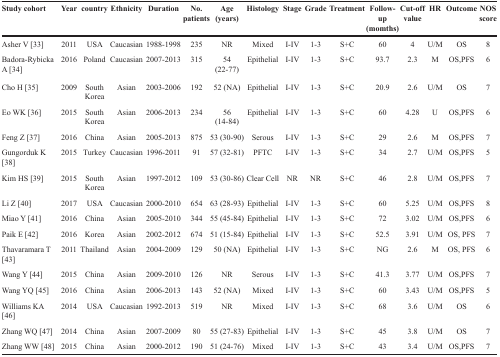
<table><thead><tr><td><b>Study cohort</b></td><td><b>Year</b></td><td><b>country</b></td><td><b>Ethnicity</b></td><td><b>Duration</b></td><td><b>No. patients</b></td><td><b>Age (years)</b></td><td><b>Histology</b></td><td><b>Stage</b></td><td><b>Grade</b></td><td><b>Treatment</b></td><td><b>Follow-up (momths)</b></td><td><b>Cut-off value</b></td><td><b>HR</b></td><td><b>Outcome</b></td><td><b>NOS score</b></td></tr></thead><tbody><tr><td>Asher V [33]</td><td>2011</td><td>USA</td><td>Caucasian</td><td>1988-1998</td><td>235</td><td>NR</td><td>Mixed</td><td>I-IV</td><td>1-3</td><td>S+C</td><td>60</td><td>4</td><td>U/M</td><td>OS</td><td>8</td></tr><tr><td>Badora-Rybicka A [34]</td><td>2016</td><td>Poland</td><td>Caucasian</td><td>2007-2013</td><td>315</td><td>54(22-77)</td><td>Epithelial</td><td>I-IV</td><td>1-3</td><td>S+C</td><td>93.7</td><td>2.3</td><td>M</td><td>OS,PFS</td><td>6</td></tr><tr><td>Cho H [35]</td><td>2009</td><td>South Korea</td><td>Asian</td><td>2003-2006</td><td>192</td><td>52 (NA)</td><td>Epithelial</td><td>I-IV</td><td>1-3</td><td>S+C</td><td>20.9</td><td>2.6</td><td>U/M</td><td>OS</td><td>7</td></tr><tr><td>Eo WK [36]</td><td>2015</td><td>South Korea</td><td>Asian</td><td>2006-2013</td><td>234</td><td>56(14-84)</td><td>Epithelial</td><td>I-IV</td><td>1-3</td><td>S+C</td><td>60</td><td>4.28</td><td>U</td><td>OS,PFS</td><td>6</td></tr><tr><td>Feng Z [37]</td><td>2016</td><td>China</td><td>Asian</td><td>2005-2013</td><td>875</td><td>53 (30-90)</td><td>Serous</td><td>I-IV</td><td>1-3</td><td>S+C</td><td>29</td><td>2.6</td><td>M</td><td>OS,PFS</td><td>7</td></tr><tr><td>Gungorduk K [38]</td><td>2015</td><td>Turkey</td><td>Caucasian</td><td>1996-2011</td><td>91</td><td>57 (32-81)</td><td>PFTC</td><td>I-IV</td><td>1-3</td><td>S+C</td><td>34</td><td>2.7</td><td>U/M</td><td>OS,PFS</td><td>5</td></tr><tr><td>Kim HS [39]</td><td>2015</td><td>South Korea</td><td>Asian</td><td>1997-2012</td><td>109</td><td>53 (30-86)</td><td>Clear Cell</td><td>NR</td><td>NR</td><td>S+C</td><td>46</td><td>2.8</td><td>U/M</td><td>OS,PFS</td><td>7</td></tr><tr><td>Li Z [40]</td><td>2017</td><td>USA</td><td>Caucasian</td><td>2000-2010</td><td>654</td><td>63 (28-93)</td><td>Epithelial</td><td>I-IV</td><td>1-3</td><td>S+C</td><td>60</td><td>5.25</td><td>U/M</td><td>OS,PFS</td><td>8</td></tr><tr><td>Miao Y [41]</td><td>2016</td><td>China</td><td>Asian</td><td>2005-2010</td><td>344</td><td>55 (45-84)</td><td>Epithelial</td><td>I-IV</td><td>1-3</td><td>S+C</td><td>72</td><td>3.02</td><td>U/M</td><td>OS,PFS</td><td>6</td></tr><tr><td>Paik E [42]</td><td>2016</td><td>Korea</td><td>Asian</td><td>2002-2012</td><td>674</td><td>51 (15-84)</td><td>Epithelial</td><td>I-IV</td><td>1-3</td><td>S+C</td><td>52.5</td><td>3.91</td><td>U/M</td><td>OS, PFS</td><td>7</td></tr><tr><td>Thavaramara T [43]</td><td>2011</td><td>Thailand</td><td>Asian</td><td>2004-2009</td><td>129</td><td>50 (NA)</td><td>Epithelial</td><td>I-IV</td><td>1-3</td><td>S+C</td><td>NG</td><td>2.6</td><td>M</td><td>OS, PFS</td><td>6</td></tr><tr><td>Wang Y [44]</td><td>2015</td><td>China</td><td>Asian</td><td>2009-2010</td><td>126</td><td>NR</td><td>Serous</td><td>I-IV</td><td>1-3</td><td>S+C</td><td>41.3</td><td>3.77</td><td>U/M</td><td>OS,PFS</td><td>7</td></tr><tr><td>Wang YQ [45]</td><td>2016</td><td>China</td><td>Asian</td><td>2006-2013</td><td>143</td><td>52 (NA)</td><td>Mixed</td><td>I-IV</td><td>1-3</td><td>S+C</td><td>60</td><td>3.43</td><td>U/M</td><td>OS,PFS</td><td>5</td></tr><tr><td>Williams KA [46]</td><td>2014</td><td>USA</td><td>Caucasian</td><td>1992-2013</td><td>519</td><td>NR</td><td>Mixed</td><td>I-IV</td><td>1-3</td><td>S+C</td><td>68</td><td>3.6</td><td>U/M</td><td>OS</td><td>6</td></tr><tr><td>Zhang WQ [47]</td><td>2014</td><td>China</td><td>Asian</td><td>2007-2009</td><td>80</td><td>55 (27-83)</td><td>Epithelial</td><td>I-IV</td><td>1-3</td><td>S+C</td><td>45</td><td>3.8</td><td>U/M</td><td>OS</td><td>7</td></tr><tr><td>Zhang WW [48]</td><td>2015</td><td>China</td><td>Asian</td><td>2000-2012</td><td>190</td><td>51 (24-76)</td><td>Mixed</td><td>I-IV</td><td>1-3</td><td>S+C</td><td>43</td><td>3.4</td><td>U/M</td><td>OS,PFS</td><td>7</td></tr></tbody></table>